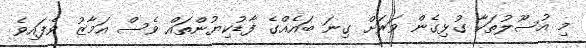
މި އުސޫލުތަކާ ގުޅިގެން ވަރަށް ގިނަ ބައެއްގެ ފާޑުކިޔުންތައް ވެސް އަމާޒު ވެފައިވެ